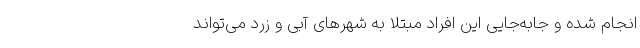
انجام شده و جابه‌جایی این افراد مبتلا به شهرهای آبی و زرد می‌تواند